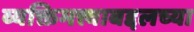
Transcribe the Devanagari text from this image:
व्यक्तिमत्त्वाबद्दलच्या